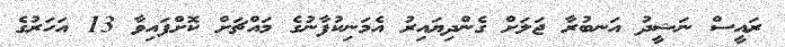
ރައީސް ނަޝީދު އަނބުރާ ޖަލަށް ގެންދިޔައިރު އެމަނިކުފާނުގެ މައްޗަށް ކޮށްފައިވާ 13 އަހަރުގެ